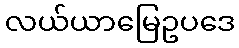
လယ်ယာမြေဥပဒေ